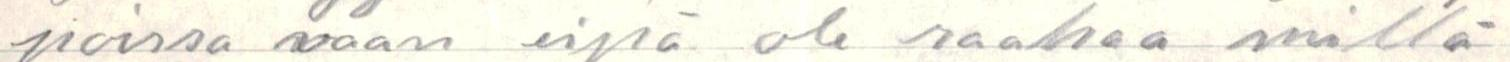
poissa vaan eipä ole rahaa millä